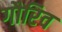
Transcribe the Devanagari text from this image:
गौरिव